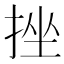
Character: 挫